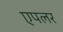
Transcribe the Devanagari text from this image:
एपलर